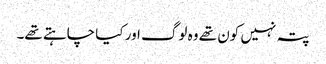
پتہ نہیں کون تھے وہ لوگ اور کیا چاہتے تھے۔